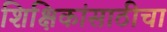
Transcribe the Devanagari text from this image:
शिक्षिकांसाठीचा